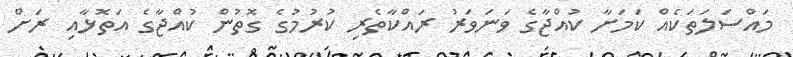
މައްސަލަތަކެއް ކަމަށާ ކުއްޖާގެ ވަނަވަރު ރައްކާތެރި ކުރުމުގެ ގޮތުން ކުއްޖާގެ އަތޮޅާއި ރަށް